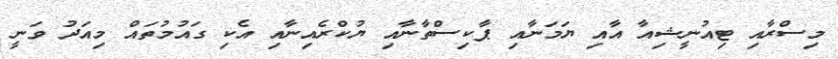
މިސްރާއި ޓިއުނީޝިއާ އާއި ޔަމަނާއި ޕާކިސްތާނާއި ޔުކްރެއިނާއި އެކި ގައުމުތައް މިއަދު ވަނީ